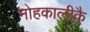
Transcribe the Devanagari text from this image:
नोहकालीकै